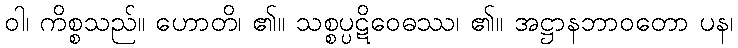
ဝါ၊ ကိစ္စသည်။ ဟောတိ၊ ၏။ သစ္စပ္ပဋိဝေဓဿ၊ ၏။ အဋ္ဌာနဘာဝတော ပန၊